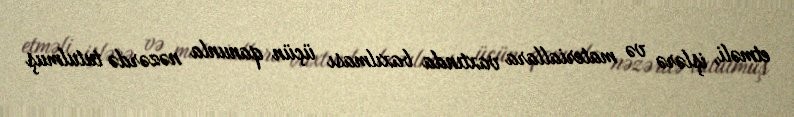
etməli, işlərə və materiallara vaxtında baxılması üçün qanunla nəzərdə tutulmuş